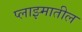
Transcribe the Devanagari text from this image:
प्लाझ्मातील